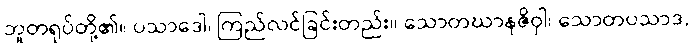
ဘူတရုပ်တို့၏။ ပသာဒေါ၊ ကြည်လင်ခြင်းတည်း။ သောတဃာနဇိဝှါ၊ သောတပသာဒ,